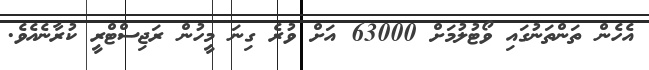
އެހެން ތަންތަނުގައި ވޯޓުލުމަށް 63000 އަށް ވުރެ ގިނަ މީހުން ރަޖިސްޓްރީ ކުރާނެއެވެ.